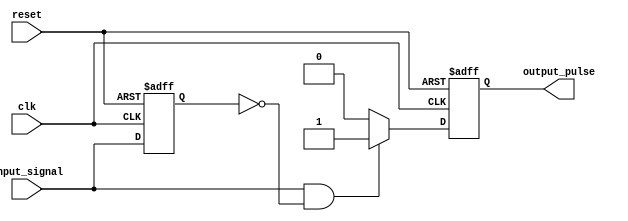
module positive_edge_detector (
    input wire clk,              // Clock signal
    input wire reset,            // Asynchronous reset
    input wire input_signal,     // Input signal to detect edges
    output reg output_pulse      // Output pulse indicating a positive edge
);

    reg prev_state;              // Register to hold the previous state of input_signal

    // Asynchronous reset and edge detection logic
    always @(posedge clk or posedge reset) begin
        if (reset) begin
            prev_state <= 1'b0;   // Reset previous state to 0
            output_pulse <= 1'b0; // Reset output pulse to 0
        end else begin
            // Edge detection logic
            if (input_signal == 1'b1 && prev_state == 1'b0) begin
                output_pulse <= 1'b1; // Set output pulse high on positive edge
            end else begin
                output_pulse <= 1'b0;  // Reset output pulse to low otherwise
            end
            
            // Update previous state
            prev_state <= input_signal;
        end
    end
endmodule